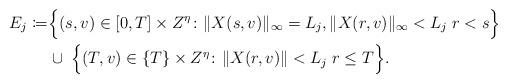
LaTeX: \begin{align*}E_j\coloneqq &\Big\{(s,v)\in[0,T]\times Z^\eta\colon \|X(s,v)\|_{\infty}=L_j, \|X(r,v)\|_\infty<L_j\;r<s\Big\}\\&\cup\;\Big\{(T,v)\in\{T\}\times Z^\eta\colon \|X(r,v)\|<L_j\;r\leq T\Big\}.\end{align*}